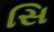
સિ